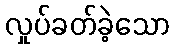
လှုပ်ခတ်ခဲ့သော